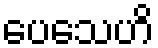
ပေသေဟိ